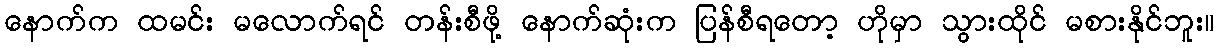
နောက်က ထမင်း မလောက်ရင် တန်းစီဖို့ နောက်ဆုံးက ပြန်စီရတော့ ဟိုမှာ သွားထိုင် မစားနိုင်ဘူး။